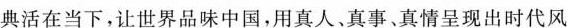
典活在当下，让世界品味中国，用真人，真事、真情呈现出时代风